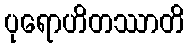
ပုရောဟိတဿာတိ